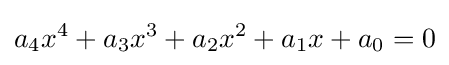
a_{4}x^{4}+a_{3}x^{3}+a_{2}x^{2}+a_{1}x+a_{0}=0